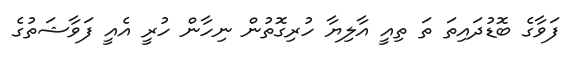
ފަވާގެ ބޮޑުދައިތަ ތަ ތިއީ އާލިޔާ ހުރިގޮތުން ނިހާން ހުރީ އެއީ ފަވާޝަތުގެ